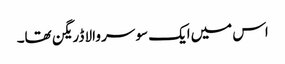
اس میں‌ایک سو سر والا ڈریگن تھا۔